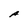
Character: A